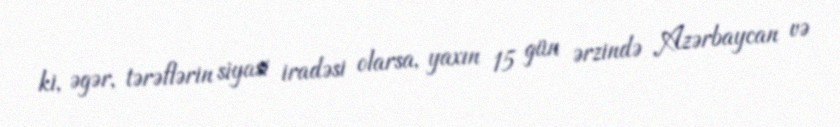
ki, əgər, tərəflərin siyasi iradəsi olarsa, yaxın 15 gün ərzində Azərbaycan və